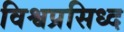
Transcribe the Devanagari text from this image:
विश्वप्रसिध्द